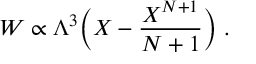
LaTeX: { \cal W } \propto \Lambda ^ { 3 } \Big ( X - { \frac { X ^ { N + 1 } } { N + 1 } } \Big ) ~ .